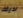
لديك